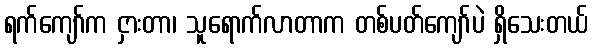
ရက်ကျော်က ငှားတာ၊ သူရောက်လာတာက တစ်ပတ်ကျော်ပဲ ရှိသေးတယ်